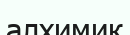
алхимик